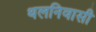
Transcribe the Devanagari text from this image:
थलनिवासी